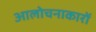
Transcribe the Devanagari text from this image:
आलोचनाकारों